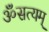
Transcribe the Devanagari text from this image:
ॐसत्यम्